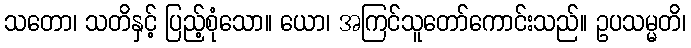
သတော၊ သတိနှင့် ပြည့်စုံသော။ ယော၊ အကြင်သူတော်ကောင်းသည်။ ဥပသမ္မတိ၊